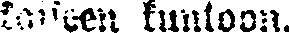
kaiken kuntoon.